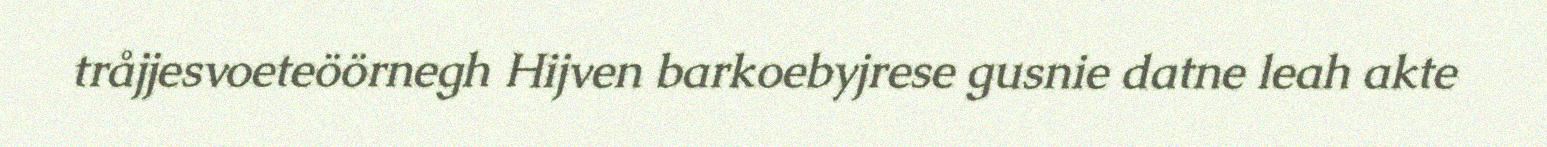
tråjjesvoeteöörnegh Hijven barkoebyjrese gusnie datne leah akte